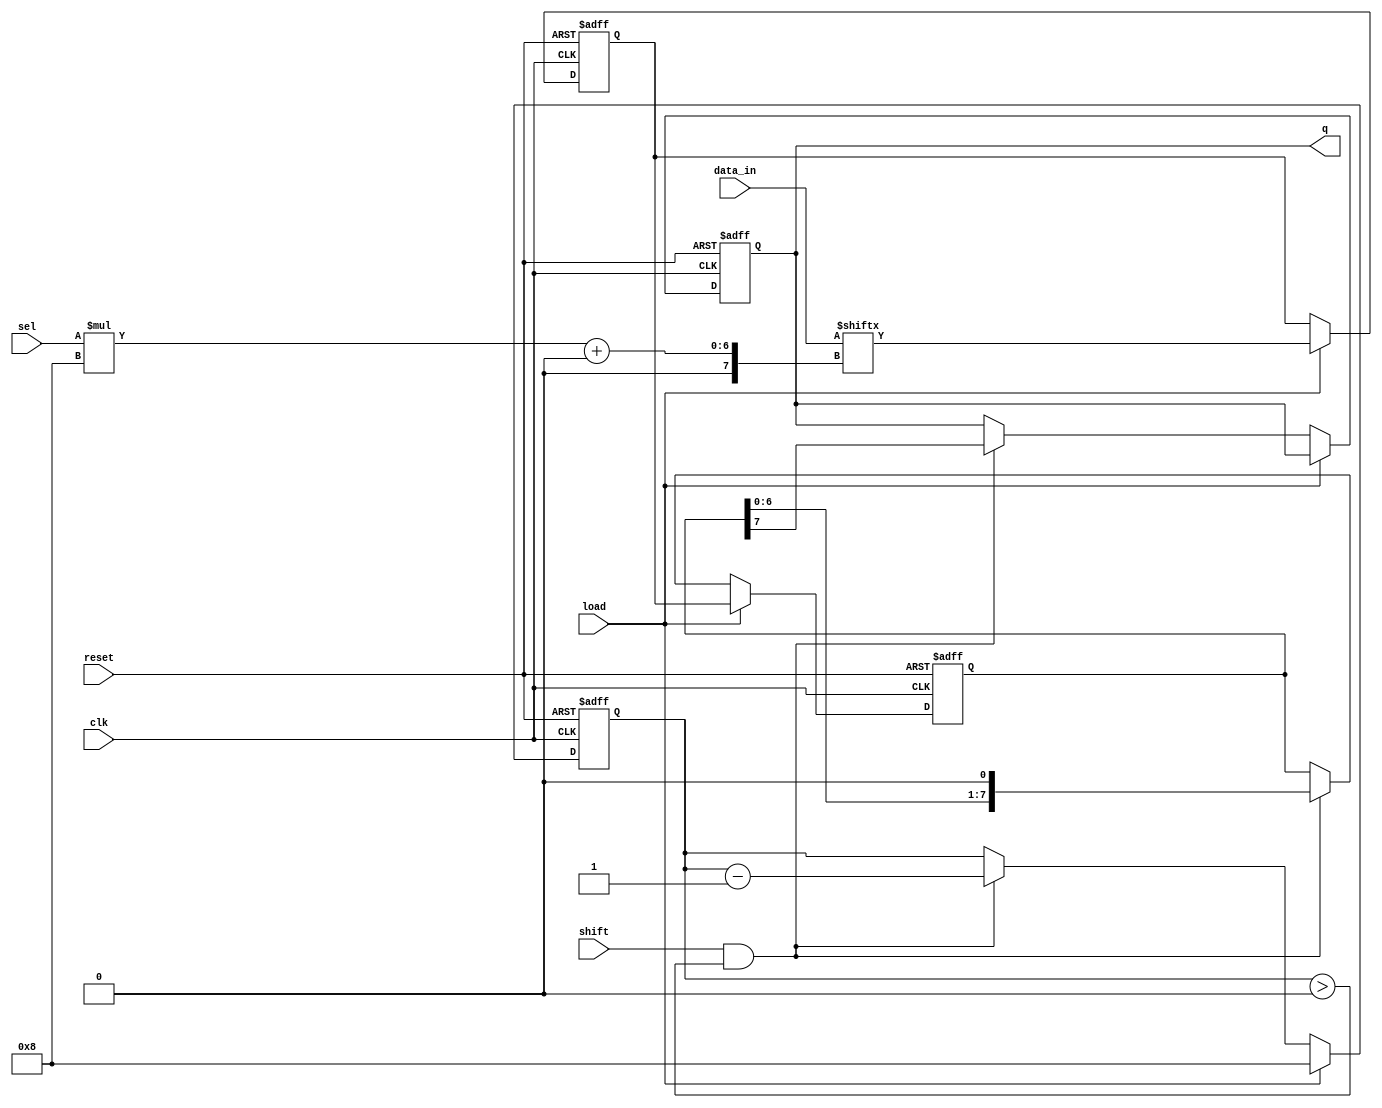
module MultiChannelPISO #(
    parameter NUM_CHANNELS = 4,  // number of parallel input channels
    parameter DATA_WIDTH = 8       // data bits in each channel
) (
    input wire clk,                  // clock signal
    input wire reset,                // reset signal
    input wire load,                 // load signal
    input wire shift,                // shift signal
    input wire [$clog2(NUM_CHANNELS)-1:0] sel,  // select channel signal
    input wire [NUM_CHANNELS*DATA_WIDTH-1:0] data_in, // parallel data inputs
    output reg q                    // serial output
);

    reg [DATA_WIDTH-1:0] shift_reg;  // shift register for selected channel
    reg [DATA_WIDTH-1:0] selected_data; // to temporarily hold the selected channel's data
    reg [3:0] shift_count;            // counter for shift operation

    // Load data into the shift register when load signal is high
    always @(posedge clk or posedge reset) begin
        if (reset) begin
            shift_reg <= 0;            // reset shift register
            selected_data <= 0;        // reset selected data
            q <= 0;                    // reset output
            shift_count <= 0;          // reset shift counter
        end else if (load) begin
            // Select and load the data from the specified channel
            selected_data <= data_in[(sel * DATA_WIDTH) +: DATA_WIDTH]; // Load data from selected channel
            shift_reg <= selected_data; // Load selected data into shift register
            shift_count <= DATA_WIDTH;   // Set shift count to number of bits in shift_reg
        end else if (shift && shift_count > 0) begin
            // Shift operation
            q <= shift_reg[DATA_WIDTH-1]; // output the MSB
            shift_reg <= {shift_reg[DATA_WIDTH-2:0], 1'b0}; // Shift left
            shift_count <= shift_count - 1; // Decrement shift count
        end
    end
endmodule